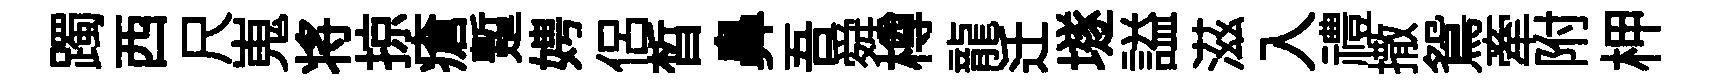
躅西尺嵬将掠瘡蹔娉侶晳鼻吾舜樽龍迁𡑞謚滋入禮撒鴛牽附柙